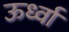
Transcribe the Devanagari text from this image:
ऊर्ध्वा